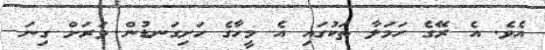
އެވެ. އެ ރޭގެ ހަމަލާ ތަކުގައި އެ މީހާގެ ހަށިގަނޑުން ވަރަށް ގިނަ